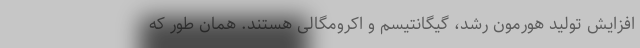
افزایش تولید هورمون رشد، گیگانتیسم و اکرومگالی هستند. همان طور که